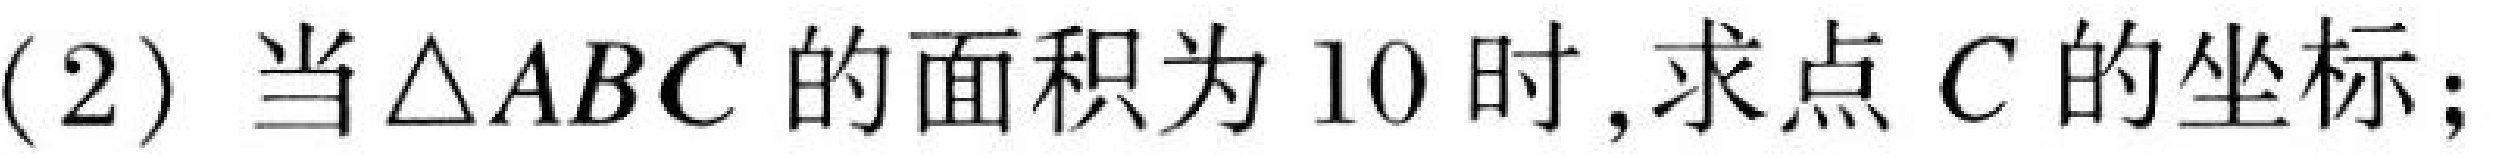
(2) 当\(\triangle ABC\)的面积为\(10\)时,求点\(C\)的坐标;